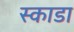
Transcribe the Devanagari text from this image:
स्काडा